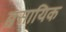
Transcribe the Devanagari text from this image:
व्वसायिक